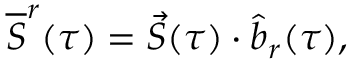
\overline { { { \cal S } } } ^ { r } ( \tau ) = \vec { \cal S } ( \tau ) \cdot \hat { b } _ { r } ( \tau ) ,